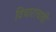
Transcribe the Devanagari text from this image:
विचारांचाही